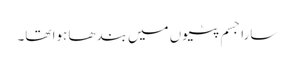
سارا جسم پٹیوں میں بندھا ہوا تھا۔